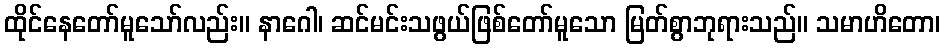
ထိုင်နေတော်မူသော်လည်း။ နာဂေါ၊ ဆင်မင်းသဖွယ်ဖြစ်တော်မူသော မြတ်စွာဘုရားသည်။ သမာဟိတော၊